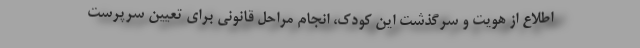
اطلاع از هویت و سرگذشت این کودک، انجام مراحل قانونی برای تعیین سرپرست